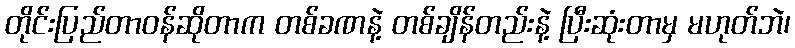
တိုင်းပြည်တာဝန်ဆိုတာက တစ်ခဏနဲ့ တစ်ချိန်တည်းနဲ့ ပြီးဆုံးတာမှ မဟုတ်ဘဲ၊